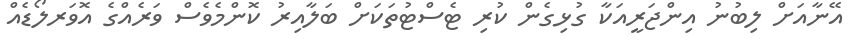
އޭނާއަށް ލިބުނު އިންޖަރީއަކާ ގުޅިގެން ކުރި ޓެސްޓުތަކަށް ބަލާއިރު ކޮންމެވެސް ވަރެއްގެ އޮވަރލޯޑެއް